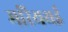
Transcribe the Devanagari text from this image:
मरियथई